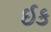
ઈક